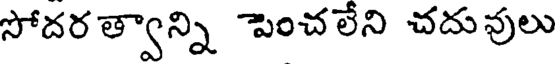
సోదర త్వాన్ని పెంచలేని చదువులు